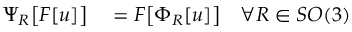
\begin{array} { r l } { \Psi _ { R } \bigl [ F [ u ] \bigr ] } & { { } = F \bigl [ \Phi _ { R } [ u ] \bigr ] \quad \forall R \in S O ( 3 ) } \end{array}